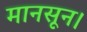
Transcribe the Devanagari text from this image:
मानसून।